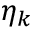
\eta _ { k }